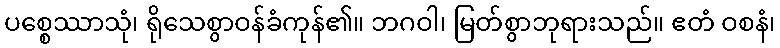
ပစ္စေဿာသုံ၊ ရိုသေစွာဝန်ခံကုန်၏။ ဘဂဝါ၊ မြတ်စွာဘုရားသည်။ ဧတံ ဝစနံ၊